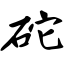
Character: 砣